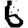
Digit: 6